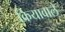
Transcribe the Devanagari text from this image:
क्रियावाले